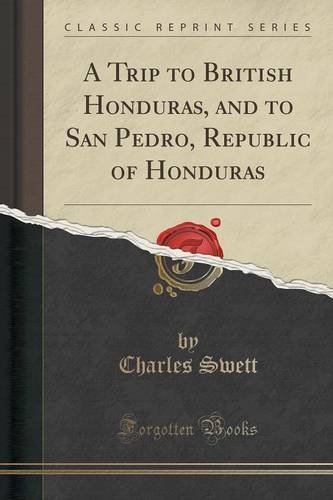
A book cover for A Trip to British Honduras, and to San Pedro, Republic of Honduras (Classic Reprint); Charles Swett; Travel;